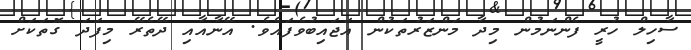
ސާހިލް ހުރީ ފެންނަމުން މިދާ މަންޒަރުތަކުން އަޖައިބުވެފައެވެ. އޭނާއާއި ދޭތެރޭ މިފަދަ ގޮތަކަށް